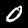
Digit: 0